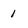
Character: 1